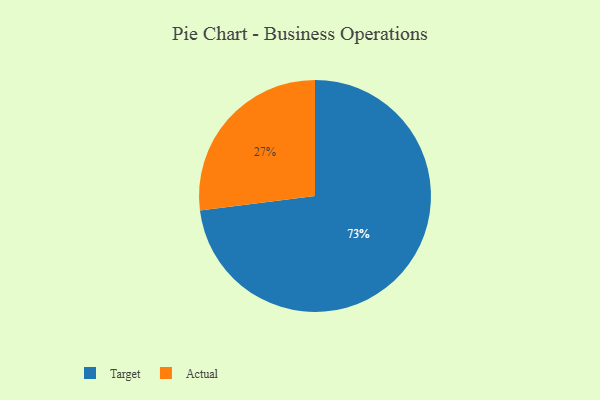
{"axis": {"x": "Category", "y": "Percentage"}, "legend": ["Actual", "Target"], "data": [{"x": "Target", "y": 73, "type": "Target"}, {"x": "Actual", "y": 27, "type": "Actual"}]}